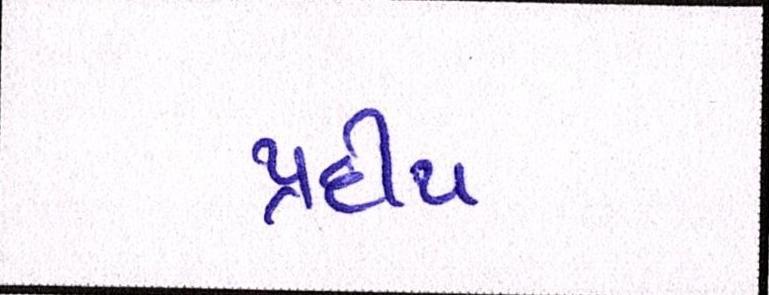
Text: પ્રદીપ